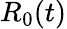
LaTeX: R_{0}(t)